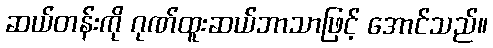
ဆယ်တန်းကို ဂုဏ်ထူးဆယ်ဘာသာဖြင့် အောင်သည်။